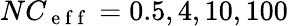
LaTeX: NC_{\mathrm{~e~f~f~}}=0.5,4,10,100